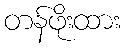
တန်ဖိုးထား